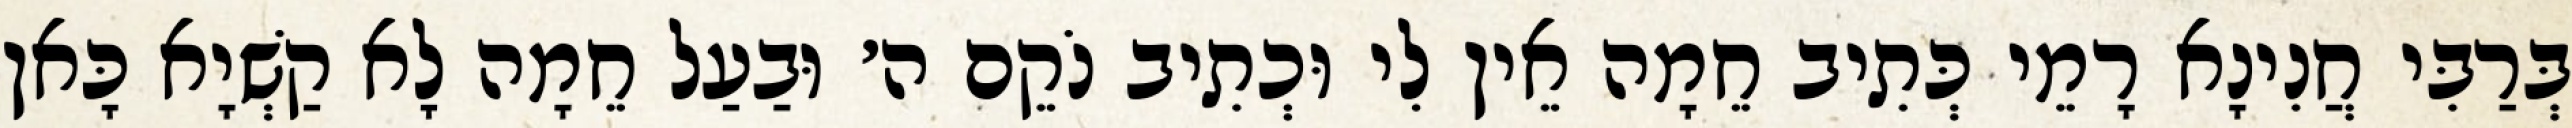
בְּרַבִּי חֲנִינָא רָמֵי כְּתִיב חֵמָה אֵין לִי וּכְתִיב נֹקֵם ה׳ וּבַעַל חֵמָה לָא קַשְׁיָא כָּאן